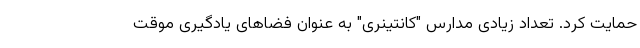
حمایت کرد. تعداد زیادی مدارس "کانتینری" به عنوان فضاهای یادگیری موقت